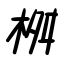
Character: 桝